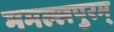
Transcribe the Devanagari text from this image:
ममल्लपुरम्